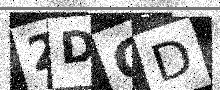
Text: 2DGD